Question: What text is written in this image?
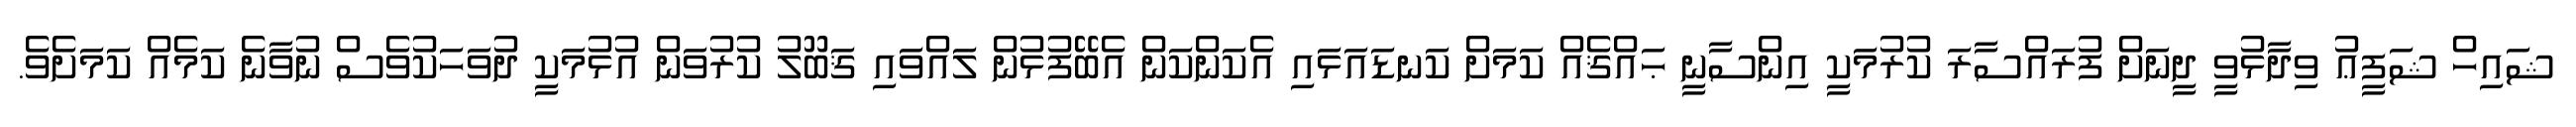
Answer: ޝައިހް ޝަފީޢު ވިދާޅުވީ ދީނަށް ފުރައްސާރަ ކުރުމަކީ އިންސާނީ ޙައްޤެއް ކަމަށް ކަނޑައަޅައި އެކަންކަން އެބޭފުޅުން ލައްވައި ޤަބޫލު ކުރުވަން އުޅުމަކީ ދުވަހަކުވެސް ނުވާނެ ކަމެއް ކަމަށެވެ.